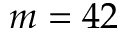
m = 4 2